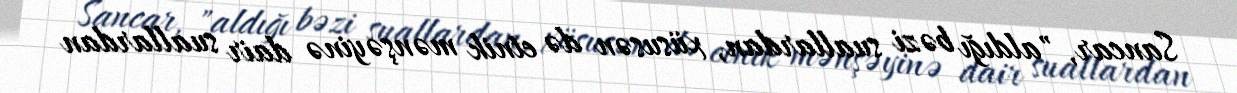
Sancar, "aldığı bəzi suallardan, xüsusən də etnik mənşəyinə dair suallardan